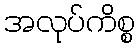
အလုပ်ကိစ္စ